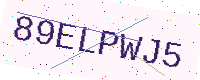
Text: 89ELPWJ5